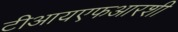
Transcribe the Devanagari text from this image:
टीआयएफआरशी